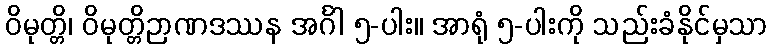
ဝိမုတ္တိ၊ ဝိမုတ္တိဉာဏဒဿန အင်္ဂါ ၅-ပါး။ အာရုံ ၅-ပါးကို သည်းခံနိုင်မှသာ